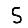
Digit: 5